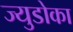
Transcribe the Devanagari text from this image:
ज्युडोका